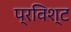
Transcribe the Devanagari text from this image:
प्रविश्ट